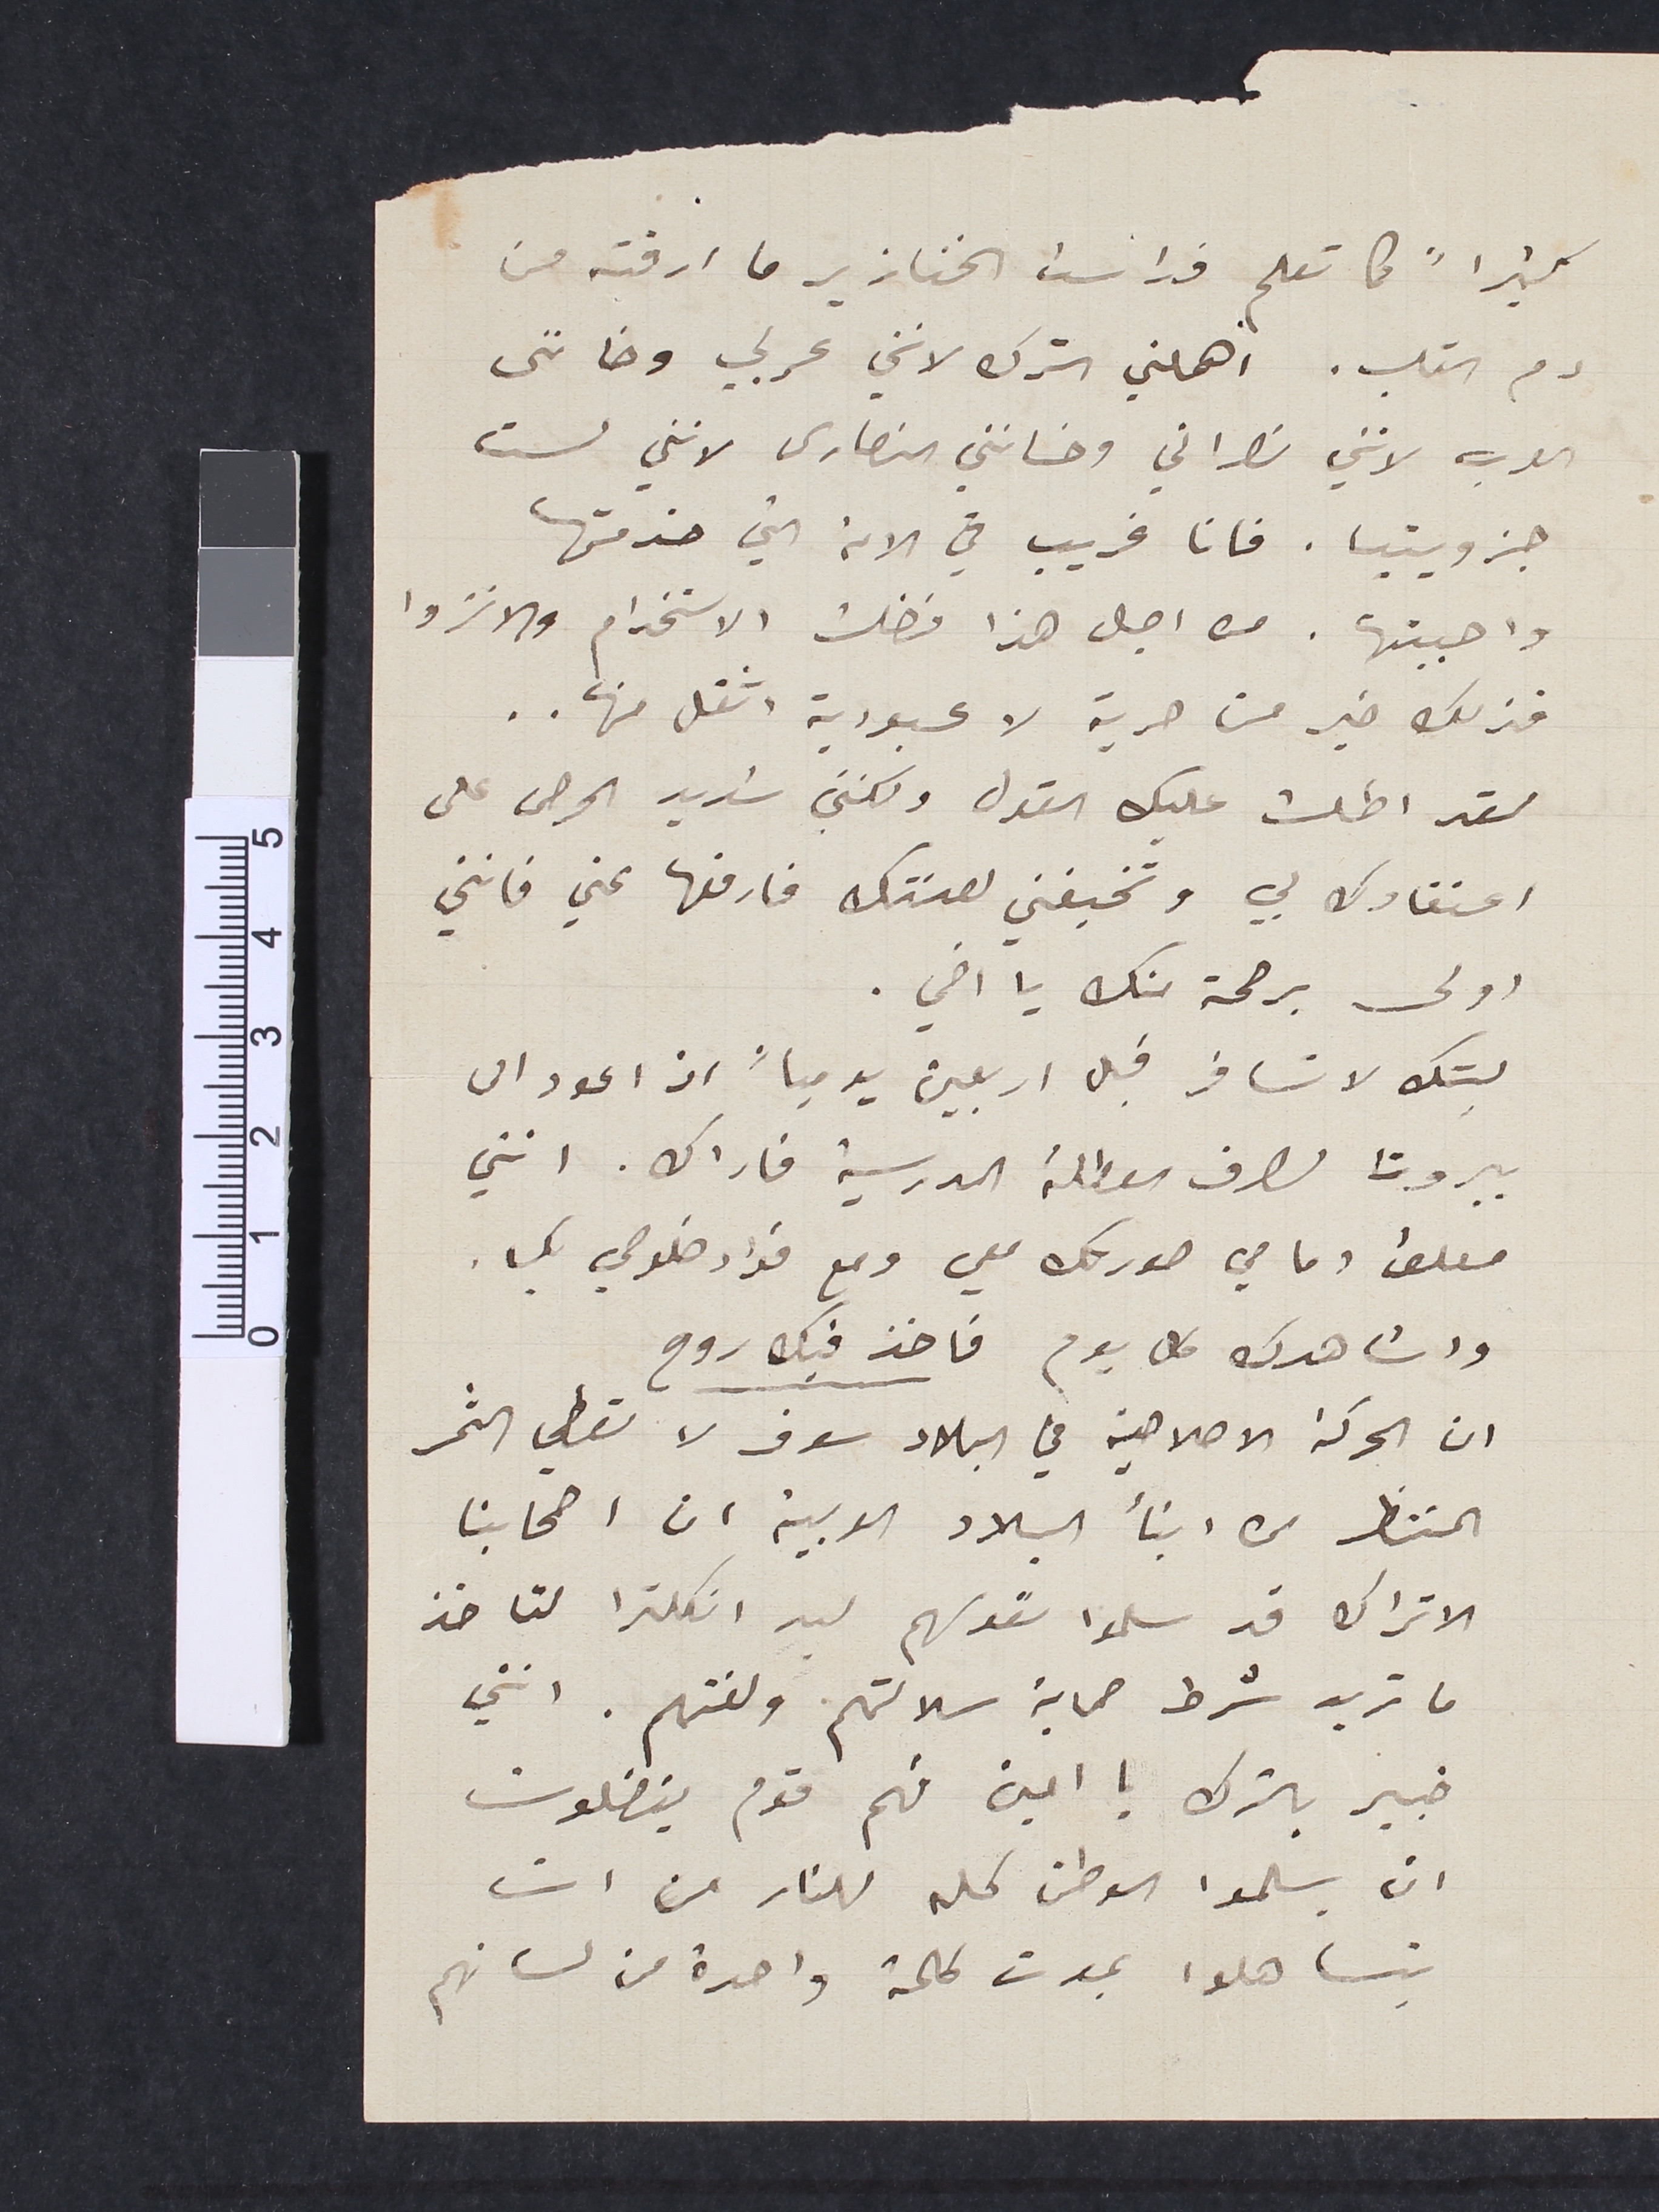
كثيراً كما تعلم فداست الخنازير ما ارقته من
دم القلب. اهملني الترك لانني عربي وخاننى
العرب لانني نصراني وخانني النصارى لانني لست
جزويتيا. فانا غريب في الامة التي خدمتها
واحببتها. من اجل هذا فضلت الاستخدام والانزوا
فذلك خير من حرية لا عبودية اثقل منها..
لقد اطلت عليك القول ولكني شديد الحرص على
اعتقادك بي وتخيفني لعنتك فارفعها عني فانني
اولى برحمة منك يا اخي.
ليتك لا تسافر قبل اربعين يومياً اذ اعود الى
بيروت لصرف العطلة المدرسية فاراك. انني
معلق امامي صورتك معي ومع فؤاد خلوصي بك.
واشاهدك كل يوم فاخذ فيك روح
ان الحركة الاصلاحية في البلاد سوف لا تعطي الثمر
المنتظر من ابنأ البلاد العربية ان اصحابنا
الاتراك قد سلموا نفوسهم ليد انكلترا لتاخذ
ما تريد شرط حماية سلالتهم ولغتهم. انني
خبير بالترك يا امين فهم قوم يفضلون
ان يسلموا الوطن كله للنار من ان
يتساهلوا بموت كلمة واحدة من لسانهم